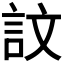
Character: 𫌴